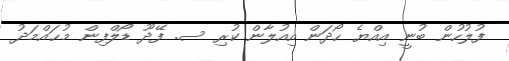
ފުލުހުން ބުނީ އިއްޔެ ހޯދަން އިއުލާން ކުރި ސ. ފޭދޫ ޑޯލްފިން މުޙައްމަދު